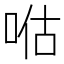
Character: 𱒴